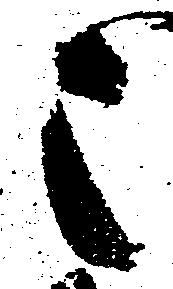
之